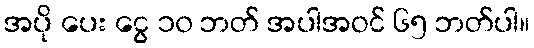
အပို ပေး ငွေ ၁၀ ဘတ် အပါအဝင် ၆၅ ဘတ်ပါ။